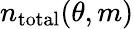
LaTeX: n_{\mathrm{total}}(\theta,m)